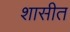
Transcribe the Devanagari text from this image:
शासीत